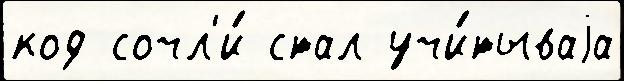
код сочл'и́ стал учи́тываjа